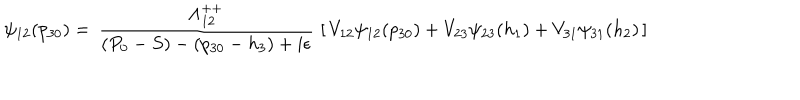
\psi _ { 1 2 } ( p _ { 3 0 } ) = \, { \frac { \Lambda _ { 1 2 } ^ { + + } } { ( P _ { 0 } - S ) - ( p _ { 3 0 } - h _ { 3 } ) + i \epsilon } } \, \left[ \, V _ { 1 2 } \psi _ { 1 2 } ( p _ { 3 0 } ) + V _ { 2 3 } \psi _ { 2 3 } ( h _ { 1 } ) + V _ { 3 1 } \psi _ { 3 1 } ( h _ { 2 } ) \, \right]